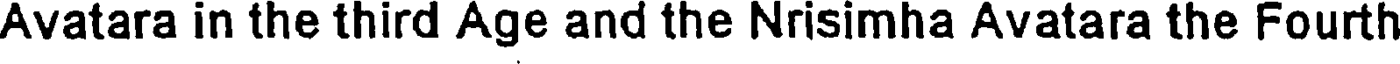
Avatara in the third Age and the Nrisimha Avatara the Fourth